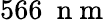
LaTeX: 566~\mathrm{~n~m~}